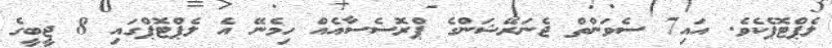
ލެޕްޓޮޕެކެވެ. އައި7 ސެވަންތް ޖެނަރޭޝަންގެ ޕްރޮސެސާއެއް ހިމެނޭ އެ ލެޕްޓޮޕްގައި 8 ޖީބީގެ